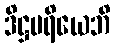
ဒိဋ္ဌမရိယေဘိ